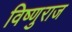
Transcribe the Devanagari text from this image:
विष्णुराज